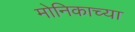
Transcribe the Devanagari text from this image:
मोनिकाच्या